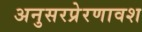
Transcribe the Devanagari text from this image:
अनुसरप्रेरणावश